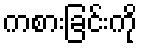
ကစားခြင်းကို